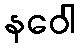
နဝေါ